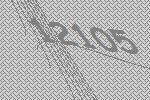
12105